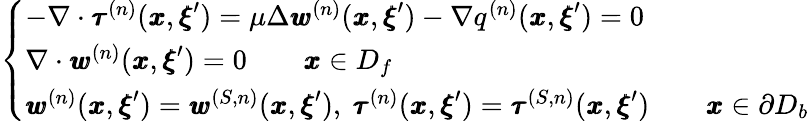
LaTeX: \left\{ \begin{array}{ll}{-\nabla\cdot{\pmb\tau}^{(n)}({\pmb x},{\pmb\xi}^{\prime})=\mu\Delta{\pmb w}^{(n)}({\pmb x},{\pmb\xi}^{\prime})-\nabla q^{(n)}({\pmb x},{\pmb\xi}^{\prime})=0}\\ {\nabla\cdot{\pmb w}^{(n)}({\pmb x},{\pmb\xi}^{\prime})=0\qquad{\pmb x}\in D_{f}}\\ {{\pmb w}^{(n)}({\pmb x},{\pmb\xi}^{\prime})={\pmb w}^{(S,n)}({\pmb x},{\pmb\xi}^{\prime}),\ {\pmb\tau}^{(n)}({\pmb x},{\pmb\xi}^{\prime})={\pmb\tau}^{(S,n)}({\pmb x},{\pmb\xi}^{\prime})\qquad{\pmb x}\in\partial D_{b}}\end{array}\right.